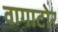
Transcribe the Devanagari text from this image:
वागाटोर